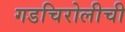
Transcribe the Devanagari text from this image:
गडचिरोलीची